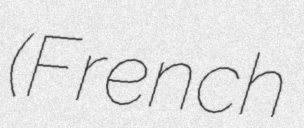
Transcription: (French